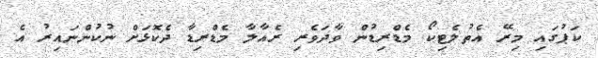
ކަޕުގައި މިރޭ އެތުލެޓިކޯ މެޑްރިޑުން ވާދަވެރި ރެއާލާ މެޑްރިޑާ ދެކޮޅަށް ނުކުންނައިރު އެ